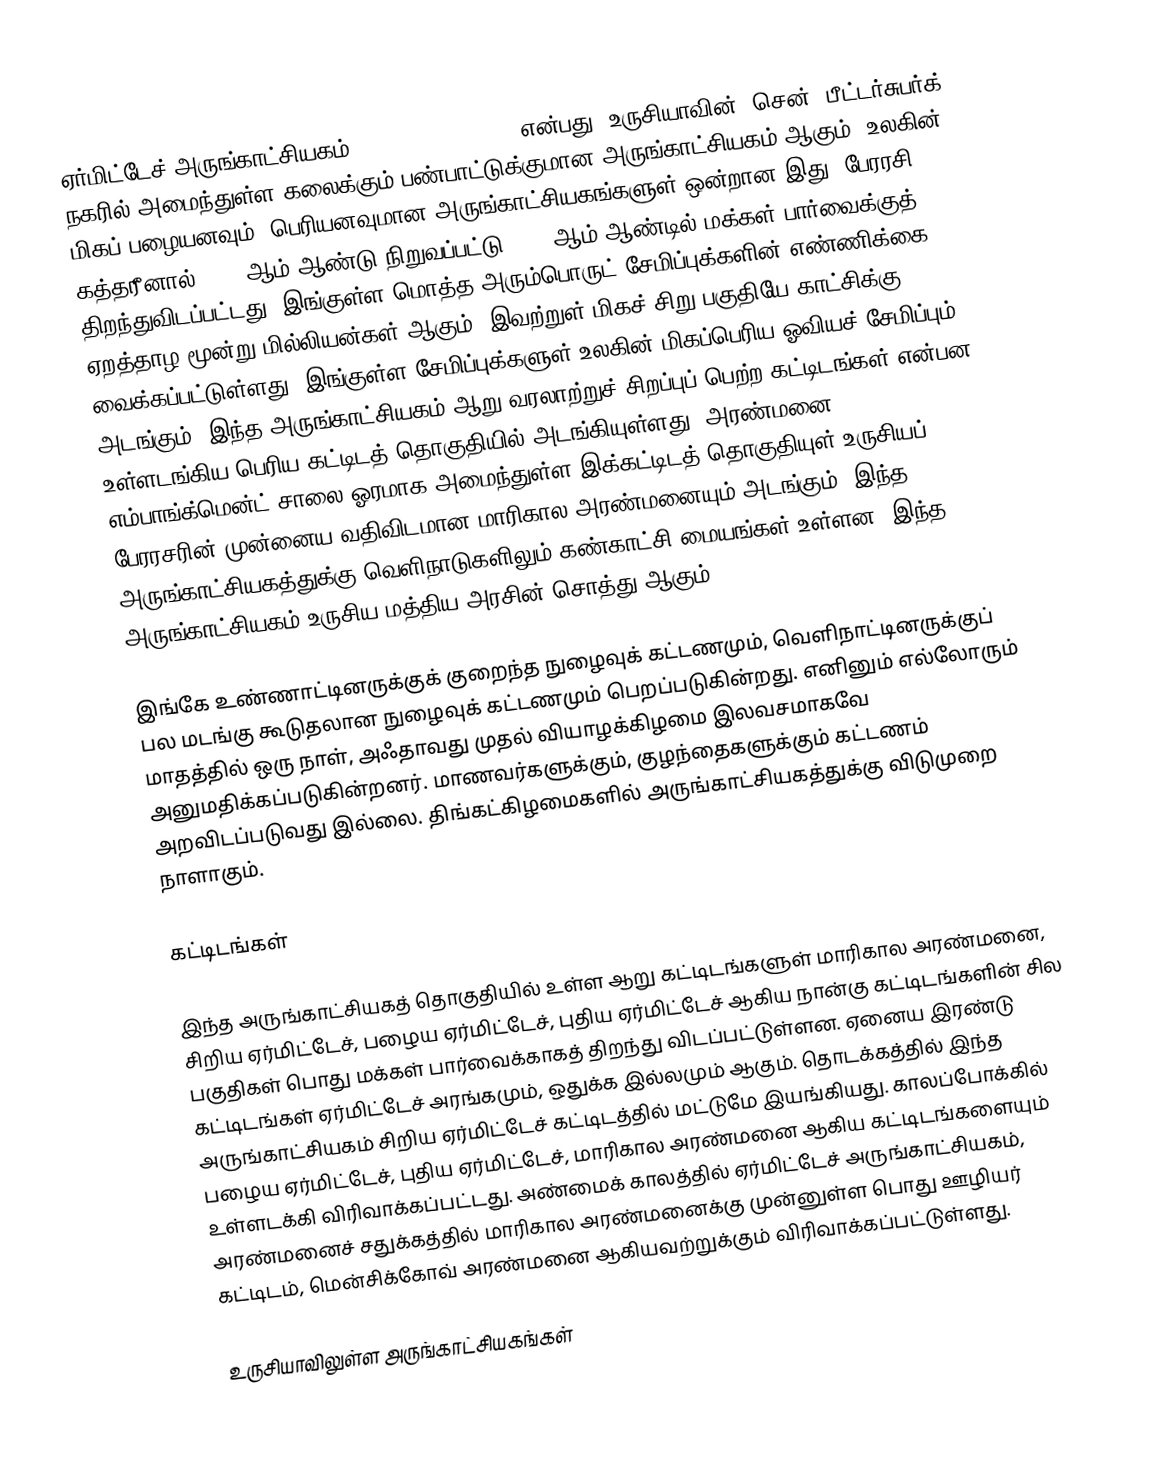
ஏர்மிட்டேச் அருங்காட்சியகம் (Hermitage Museum) என்பது, உருசியாவின், சென். பீட்டர்சுபர்க் நகரில் அமைந்துள்ள கலைக்கும் பண்பாட்டுக்குமான அருங்காட்சியகம் ஆகும். உலகின் மிகப் பழையனவும், பெரியனவுமான அருங்காட்சியகங்களுள் ஒன்றான இது, பேரரசி கத்தரீனால் 1764 ஆம் ஆண்டு நிறுவப்பட்டு 1852 ஆம் ஆண்டில் மக்கள் பார்வைக்குத் திறந்துவிடப்பட்டது. இங்குள்ள மொத்த அரும்பொருட் சேமிப்புக்களின் எண்ணிக்கை ஏறத்தாழ மூன்று மில்லியன்கள் ஆகும். இவற்றுள் மிகச் சிறு பகுதியே காட்சிக்கு வைக்கப்பட்டுள்ளது. இங்குள்ள சேமிப்புக்களுள் உலகின் மிகப்பெரிய ஓவியச் சேமிப்பும் அடங்கும். இந்த அருங்காட்சியகம் ஆறு வரலாற்றுச் சிறப்புப் பெற்ற கட்டிடங்கள் என்பன உள்ளடங்கிய பெரிய கட்டிடத் தொகுதியில் அடங்கியுள்ளது. அரண்மனை எம்பாங்க்மென்ட் சாலை ஓரமாக அமைந்துள்ள இக்கட்டிடத் தொகுதியுள் உருசியப் பேரரசரின் முன்னைய வதிவிடமான மாரிகால அரண்மனையும் அடங்கும். இந்த அருங்காட்சியகத்துக்கு வெளிநாடுகளிலும் கண்காட்சி மையங்கள் உள்ளன. இந்த அருங்காட்சியகம் உருசிய மத்திய அரசின் சொத்து ஆகும்.

இங்கே உண்ணாட்டினருக்குக் குறைந்த நுழைவுக் கட்டணமும், வெளிநாட்டினருக்குப் பல மடங்கு கூடுதலான நுழைவுக் கட்டணமும் பெறப்படுகின்றது. எனினும் எல்லோரும் மாதத்தில் ஒரு நாள், அஃதாவது முதல் வியாழக்கிழமை இலவசமாகவே அனுமதிக்கப்படுகின்றனர். மாணவர்களுக்கும், குழந்தைகளுக்கும் கட்டணம் அறவிடப்படுவது இல்லை. திங்கட்கிழமைகளில் அருங்காட்சியகத்துக்கு விடுமுறை நாளாகும்.

கட்டிடங்கள்

இந்த அருங்காட்சியகத் தொகுதியில் உள்ள ஆறு கட்டிடங்களுள் மாரிகால அரண்மனை, சிறிய ஏர்மிட்டேச், பழைய ஏர்மிட்டேச், புதிய ஏர்மிட்டேச் ஆகிய நான்கு கட்டிடங்களின் சில பகுதிகள் பொது மக்கள் பார்வைக்காகத் திறந்து விடப்பட்டுள்ளன. ஏனைய இரண்டு கட்டிடங்கள் ஏர்மிட்டேச் அரங்கமும், ஒதுக்க இல்லமும் ஆகும். தொடக்கத்தில் இந்த அருங்காட்சியகம் சிறிய ஏர்மிட்டேச் கட்டிடத்தில் மட்டுமே இயங்கியது. காலப்போக்கில் பழைய ஏர்மிட்டேச், புதிய ஏர்மிட்டேச், மாரிகால அரண்மனை ஆகிய கட்டிடங்களையும் உள்ளடக்கி விரிவாக்கப்பட்டது. அண்மைக் காலத்தில் ஏர்மிட்டேச் அருங்காட்சியகம், அரண்மனைச் சதுக்கத்தில் மாரிகால அரண்மனைக்கு முன்னுள்ள பொது ஊழியர் கட்டிடம், மென்சிக்கோவ் அரண்மனை ஆகியவற்றுக்கும் விரிவாக்கப்பட்டுள்ளது.

உருசியாவிலுள்ள அருங்காட்சியகங்கள்